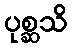
ပုစ္ဆသိ